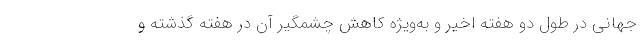
جهانی در طول دو هفته اخیر و به‌ویژه کاهش چشمگیر آن در هفته گذشته و